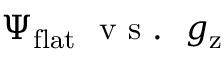
\Psi _ { \mathrm { f l a t } } ~ \mathrm { ~ v ~ s ~ . ~ } ~ g _ { \mathrm { z } }